Report of cholera committee
Disease focus: Cholera
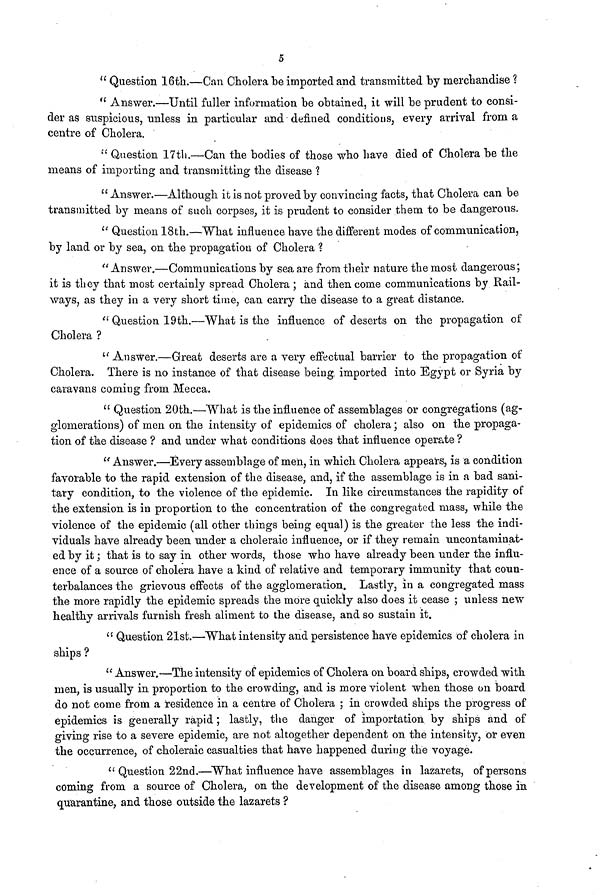
5
" Question 16th.—Can Cholera be imported and transmitted by merchandise %
" Answer.—Until fuller information be obtained, it will be prudent to consi-
der as suspicious, unless in particular and defined conditions, every arrival from a
centre of Cholera.
" Question 17th.—Can the bodies of those who have died of Cholera be the
means of importing and transmitting the disease ?
"Answer.—Although it is not proved by convincing facts, that Cholera can be
transmitted by means of such corpses, it is prudent to consider them to be dangerous.
" Question 18th.—What influence have the different modes of communication,
by land or by sea, on the propagation of Cholera ?
"Answer,—Communications by sea are from their nature the most dangerous;
it is they that most certainly spread Cholera ; and then come communications by Rail-
ways, as they in a very short time, can carry the disease to a great distance.
" Question 19th.—What is the influence of deserts on the propagation of
Cholera ?
" Answer.—Great deserts are a very effectual barrier to the propagation of
Cholera. There is no instance of that disease being, imported into Egypt or Syria by
caravans coming from Mecca.
" Question 20th.—What is the influence of assemblages or congregations (ag-
glomerations) of men on the intensity of epidemics of cholera ; also on the propaga-
tion of the disease ? and under what conditions does that influence operate ?
" Answer.—Every assemblage of men, in which Cholera appears, is a condition
favorable to the rapid extension of the disease, and, if the assemblage is in a bad sani-
tary condition, to the violence of the epidemic. In like circumstances the rapidity of
the extension is in proportion to the concentration of the congregated mass, while the
violence of the epidemic (all other things being equal) is the greater the less the indi-
viduals have already been under a choleraic influence, or if they remain uncontaminat-
ed by it ; that is to say in other words, those who have already been under the influ-
ence of a source of cholera have a kind of relative and temporary immunity that coun-
terbalances the grievous effects of the agglomeration. Lastly, in a congregated mass
the more rapidly the epidemic spreads the more quickly also does it cease ; unless new
healthy arrivals furnish fresh aliment to the disease, and so sustain it.
" Question 21st.—What intensity and persistence have epidemics of cholera in
ships ?
" Answer.—The intensity of epidemics of Cholera on board ships, crowded with
men, is usually in proportion to the crowding, and is more violent when those on board
do not come from a residence in a centre of Cholera ; in crowded ships the progress of
epidemics is generally rapid ; lastly, the danger of importation by ships and of
giving rise to a severe epidemic, are not altogether dependent on the intensity, or even
the occurrence, of choleraic casualties that have happened during the voyage.
" Question 22nd.—What influence have assemblages in lazarets, of persons
coming from a source of Cholera, on the development of the disease among those in
quarantine, and those outside the lazarets ?